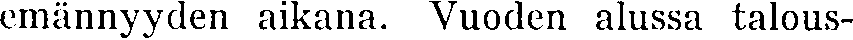
emännyyden aikana. Vuoden alussa talous-